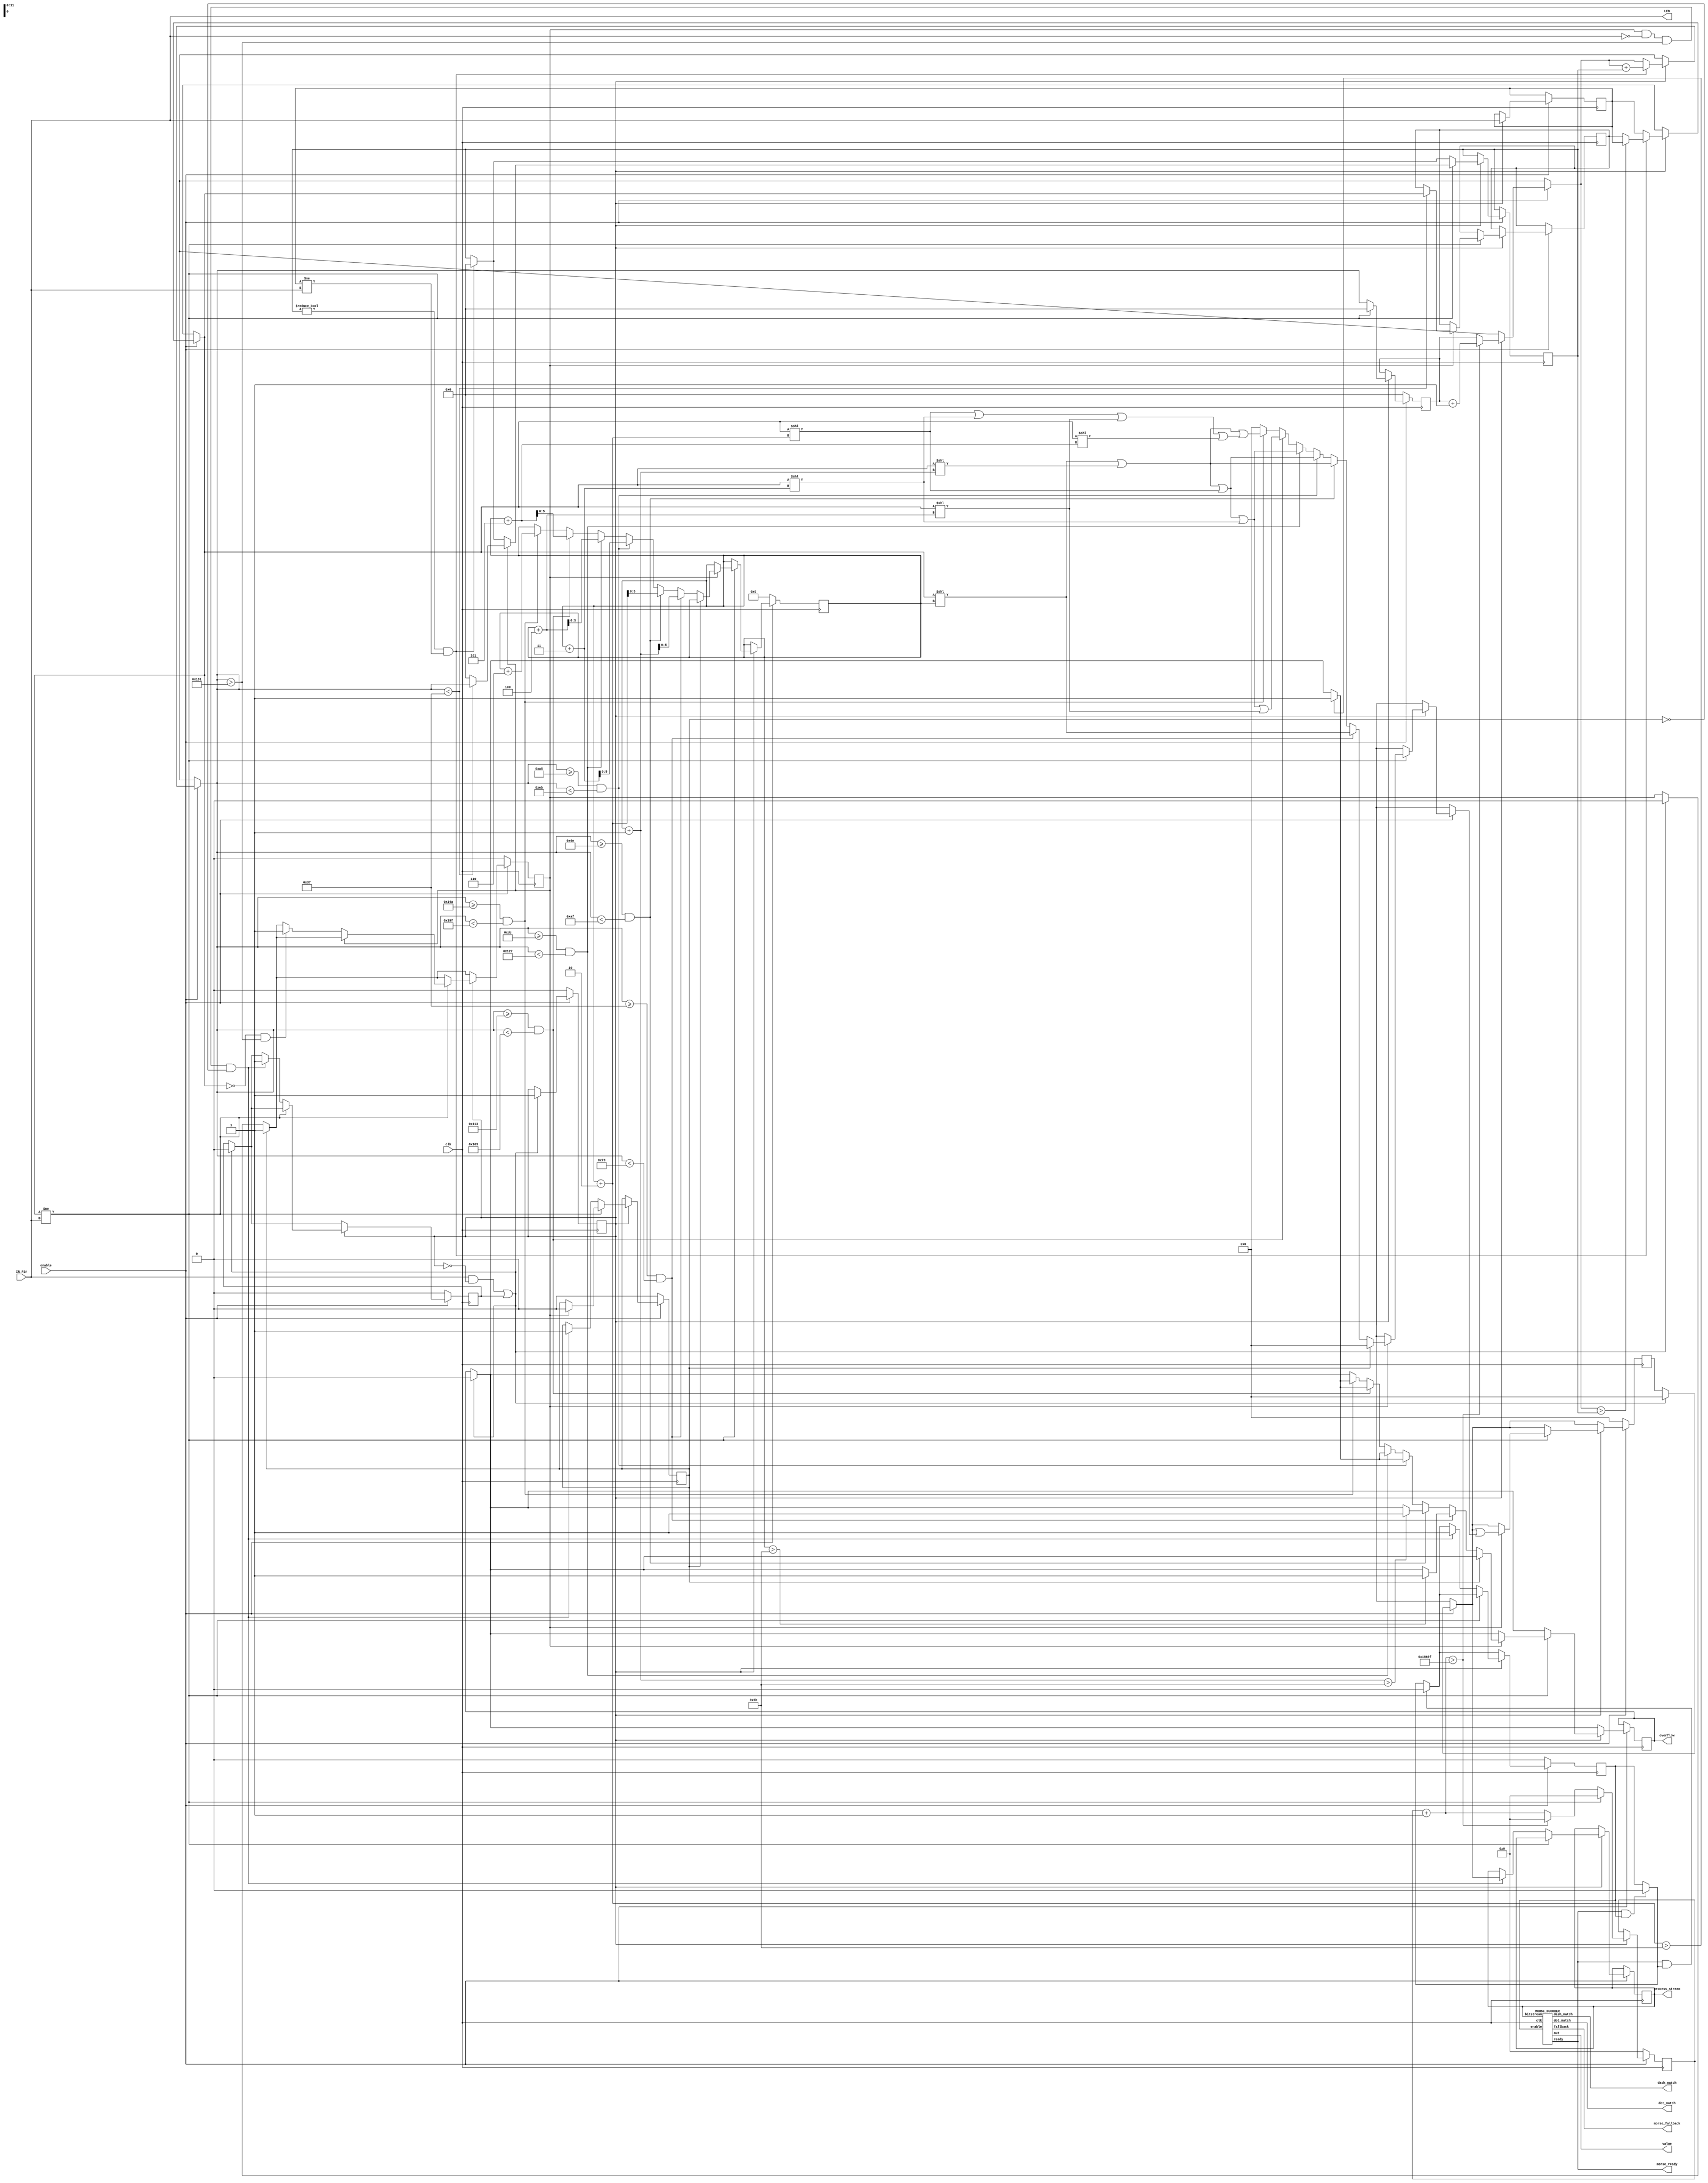
`timescale 1ns / 1ps
//////////////////////////////////////////////////////////////////////////////////
// Company: Boat Crew 5
// 
// Design Name: 
// Module Name: IR_INPUT
// Project Name: Nautilus
// Target Devices: 
// Tool Versions: 
// Description: 
// 
// Dependencies: 
// 
// Revision:
// Revision 0.01 - File Created
// Additional Comments:
//
// **Code is free to use as long as you attribute our GitHub repository for others to find the same resources.**
// 
//////////////////////////////////////////////////////////////////////////////////


/*
KEY CONCEPTS:
1 = DOT
111 = DASH
0 = PERIOD BETWEEN UNITS
000 = END CHARACTER

In this module, data is processed from the IR receiver into a bit stream.  Each bit is measured in time
and entered into a time register such that any random noise can be filtered out
*/

module IR_INPUT
#(parameter CLOCK_TO_MS = 100000)(

input enable,
input clk,
input IR_Pin,
output LED,
output reg[59:0] process_stream,
output reg overflow,
output wire dot_match,
output wire dash_match,
output morse_fallback,
output [3:0] value,
output morse_ready
);
assign LED = IR_Pin;

localparam START_LENGTH = 7; //LENGTH OF START/END CHARACTER IN UNITS

localparam true = 1;
localparam false = 0;
localparam CHAR_MIN_MS = 55;
//dlocalparam UNIT_THRESHOLD = 0.75; //MIN AMOUNT OF TIME A UNIT WAS PROCESSED FOR IT TO BE CONSIDERED ACCURATE
localparam CHAR_MS = 60; //60 MS IS EXPECTED PER CHARACTER

reg start;
reg reset; //auto resets when finished processing, for continuos processing
reg found_start_char; //reg storing bool value of whether start character is found

reg[59:0] bitstream; //stream of data that should only ever be 20 units of data long before end character
reg incoming_bit;
reg[59:0] new_val;
reg[5:0] bit_index;

//255ms max time per bit accounts for a maximum of 4 units (0.06s)*4=240ms observed which accounts for dashes and start/end strings 
reg[19:0] ms_counter; //counter that counts to 1ms
reg[11:0] ms_timer; //timer that counts up to 1024ms maximum

reg[11:0] ms_timer_carry; //used when IR value is too small
reg IR_carry; //used when IR value is too small

//DECODER VALUES
reg decode_en;

MORSE_DECODER decoder (
    .enable(decode_en),
    .clk(clk),
    .bitstream(process_stream),
    .ready(morse_ready),
    .fallback(morse_fallback),
    .dot_match(dot_match),
    .dash_match(dash_match),
    .out(value)
);

initial begin
    bitstream <= 60'b0;
    process_stream <= 60'b0;
    bit_index <= 0;
    start <= false;
    reset <= false;
    decode_en <= 0;
end

reg force_update; //to force update at end of code process for immediate next start

always@(posedge clk) begin

    if(morse_ready && decode_en)
        decode_en = false;

    //disable module and reset registers
    if(!enable) begin
        bitstream = 60'b0;
        bit_index <= 0;
        reset <= false;
        start = false;
        decode_en <= 0;
        ms_counter <= 0;
        ms_timer <= 0;
        found_start_char <= 0;
        force_update <= false;
    end
    //IF ENABLED, PROCESS IR MORSE CODE
    else begin

        //WHEN READY OCCURS, DISABLE MORSE DECODER. THIS MEANS THAT OUTPUT VALUE WILL THEN BE STATIC UNTIL WE WANT TO PASS NEXT VALUE TO DECODE
        if(morse_ready && decode_en)
            decode_en = false;

        //ONLY START PROCESSING ONCE IR IS DETECTED. I.E: DETECTING OFF FOR A LONG TIME IS NOT THE BEGINNING
        //ALSO RESTARTS UPON RESET
        if((IR_Pin == 1 && !start) || reset) begin
            start <= true;
            reset <= false;
            incoming_bit <= IR_Pin;
            bit_index <= 0;
            bitstream = 60'b0;
            found_start_char <= false;
            overflow <= false;
        end
        
        if(force_update)
            found_start_char <= true; //set to true as 
        
        if(start) begin
            //TRACK MS TIME THAT ON BIT HAS BEEN RECEIVED
            ms_counter = ms_counter + 1;
            if(ms_counter > CLOCK_TO_MS-1) begin
                ms_timer = ms_timer + 1; //increment in ms
                ms_counter = 0;
            end

            //case when last bit was too short and needs to be merged with this one
            if(ms_timer_carry != 0 && incoming_bit != IR_Pin) begin

                //bias the incoming bit to larger state out of the current and previous state
                incoming_bit = ms_timer > ms_timer_carry ? incoming_bit : IR_carry;
                ms_timer =  ms_timer + ms_timer_carry; //the times of each value are appended as if ms_timer never reset
                ms_timer_carry = 0;

                //if value of ms_timer is still too low, then the process will repeat!
            end

            //IF IR HAS CHANGED
            if(incoming_bit != IR_Pin) begin
                //if starting character is found, then we write to the bitstream
                if(found_start_char) begin
                    if(force_update) begin
                        force_update = false;
                        new_val = 60'b0;
                    end
                    //was 1 processed?
                    else if(ms_timer >= CHAR_MIN_MS && ms_timer < CHAR_MS + CHAR_MIN_MS) begin
                        //overflow condition
                        if(bit_index > 59) begin
                            overflow <= true;
                        end
                        
                        //new_val is 1 or 0
                        new_val = incoming_bit << bit_index; //shift incoming bit to correct position in 60 bit array
                        bit_index = bit_index + 1;
                    end
                    //or was 11 or 00 processed? (shouldn't be)
                    else if (ms_timer >= CHAR_MIN_MS * 2 && ms_timer < CHAR_MS * 2 + CHAR_MIN_MS) begin
                        //overflow condition
                        if(bit_index + 1 > 59) begin
                            overflow <= true;
                        end
                        
                        //new_val is 11 or 00
                        new_val = (incoming_bit << bit_index) | (incoming_bit << bit_index+1);
                        bit_index = bit_index + 2;
                    end
                    //or was 111 or 000 processed? (dash case)
                    else if(ms_timer >= CHAR_MIN_MS * 3 && ms_timer < CHAR_MS * 3 + CHAR_MIN_MS) begin
                        //overflow condition
                        if(bit_index + 2 > 59) begin
                            overflow <= true;
                        end
                        
                        //new_val is 111 or 000
                        new_val = (incoming_bit << bit_index) | (incoming_bit << bit_index+1) | (incoming_bit << bit_index+2);
                        bit_index = bit_index + 3;
                    end
                    //or was 1111 or 00000 processed? (EDGE CASE)
                    else if(ms_timer >= CHAR_MIN_MS * 4 && ms_timer < CHAR_MS * 4 + CHAR_MIN_MS) begin
                        //overflow condition
                        if(bit_index + 2 > 59) begin
                            overflow <= true;
                        end
                        
                        //new_val is 1111 or 0000
                        new_val = (incoming_bit << bit_index) | (incoming_bit << bit_index+1) | (incoming_bit << bit_index+2) | (incoming_bit << bit_index+3);
                        bit_index = bit_index + 4;
                    end
                    //or was 11111 or 00000 processed? (EDGE CASE)
                    else if(ms_timer >= CHAR_MIN_MS * 5 && ms_timer < CHAR_MS * 5 + CHAR_MIN_MS) begin
                        //overflow condition
                        if(bit_index + 2 > 59) begin
                            overflow <= true;
                        end
                        
                        //new_val is 11111 or 00000
                        new_val = (incoming_bit << bit_index) | (incoming_bit << bit_index+1) | (incoming_bit << bit_index+2) | (incoming_bit << bit_index+3) | (incoming_bit << bit_index+4);
                        bit_index = bit_index + 5;
                    end
                    //or was 111111 or 000000 processed? (EDGE CASE)
                    else if(ms_timer >= CHAR_MIN_MS * 6 && ms_timer < CHAR_MS * 6 + CHAR_MIN_MS) begin
                        //overflow condition
                        if(bit_index + 2 > 59) begin
                            overflow <= true;
                        end
                        
                        //new_val is 111111 or 000000
                        new_val = (incoming_bit << bit_index) | (incoming_bit << bit_index+1) | (incoming_bit << bit_index+2 | (incoming_bit << bit_index+3) | (incoming_bit << bit_index+4) | (incoming_bit << bit_index+5));
                        bit_index = bit_index + 6;
                    end
                    else new_val = 60'b0;

                    //when value is too short, there must have been a spike that needs smoothing
                    //either the next sequence will be larger or smaller than this one
                    if (ms_timer < CHAR_MIN_MS)begin
                        ms_timer_carry = ms_timer;
                        IR_carry = incoming_bit;
                    end
                    else begin
                        ms_timer_carry = 0;
                    end
                    
                    bitstream = bitstream | new_val;
                end
                //program monitors until finding start bit
                else if(incoming_bit == 0 && ms_timer > CHAR_MIN_MS * START_LENGTH) begin
                    found_start_char <= true;
                end        
                ms_counter = 0;
                ms_timer = 0;
            end
            //the case that the end character was found. Pass value to decoder
            else if(found_start_char && IR_Pin == 0 && ms_timer > CHAR_MIN_MS * START_LENGTH && !force_update) begin
                reset <= true;
                process_stream = bitstream;
                decode_en = true; //START DECODER
                force_update = true; //FORCE AN UPDATE OF THE NEXT BITSTREAM TO SEE START CHARACTER IMMEDIATELY
            end
            incoming_bit = IR_Pin;
        end
    end
end

endmodule

/**
* MODULE THAT DECODES A 13b-15b MORSE BITSTREAM TO 1, 2, OR 3.
* IMPLEMENTS ONE OF TWO PROCESSES BASED ON WHETHER INCOMING STREAM PERFECTLY MATCHES ONE OF THE THREE MORSE VALUES
* IF STREAM DOES NOT PERFECTLY MATCH, ATTEMPTS TO INTERPOLATE BASED ON NUMBER OF DOTS AND DASHES EXPECTED
* IF STREAM SIZE IS NOT COMPARABLE TO ANY NUMBER OR IF BIT STREAMS ARE NONSENSE, RETURNS FALSE/E
* 
**/
module MORSE_DECODER (input enable, input clk, input[59:0] bitstream, 
                      output reg ready, output reg fallback, output reg dot_match, output reg dash_match, 
                      output reg [3:0] out);

    localparam true = 1;
    localparam false = 0;
    localparam ONE = 17'b11101110111011101; //10111011101110111; //IN READING ORDER
    localparam TWO = 15'b111011101110101; //101011101110111; //READING ORDER L->R
    localparam THREE = 13'b1110111010101; //1010101110111; //READING ORDER L->R

    localparam ONE_SIZE = 10'd17;
    localparam TWO_SIZE = 10'd15;
    localparam THREE_SIZE = 10'd13;

    reg[7:0] shift_counter;
    reg[4:0] one_counter;
    reg[4:0] dot_counter;
    reg[4:0] dash_counter;

    reg[59:0] temp_stream;

    reg[4:0] compare_dot;
    reg[4:0] compare_dash;
    reg[9:0] compare_separator; //separation value from ones and dashes
    reg[9:0] stream_end_val; //index of the end stream
    
    reg enable_last; //MODULE MUST BE DISABLED THEN RENABLED

    always@(posedge clk) begin
    
        if(!enable)
            ready <= false; //necessary, otherwise upper module will detect that decode module is ready as soon as it is enabled again
    
        //RESET DECODE PROCESS WHEN MODULE HAS BEEN REENABLED AFTER A MANUAL RESET
        if(enable && enable != enable_last) begin
            ready <= false;
            temp_stream = bitstream;
            one_counter <= 5'b0;
            dot_counter <= 5'b0;
            dash_counter <= 5'b0;
            shift_counter <= 8'b0;
            dot_match <= false;
            dash_match <= false;

                            
            //SET NUMBER OF DASHES/DOTS TO COMPARE TO FOR FALLBACK DECODING PROCESS
            //THIS CODE BASICALLY CHECKS THE SIZE OF THE INPUT
            if(bitstream[THREE_SIZE+6:THREE_SIZE] == 7'b0000000) begin
                    compare_dash <= 5'd02;
                    compare_dot <= 5'd03;
                    compare_separator <= 10'd05;
                    stream_end_val <= THREE_SIZE;
            end
            else if(bitstream[TWO_SIZE+6:TWO_SIZE] == 7'b0000000) begin
                    compare_dash <= 5'd03;
                    compare_dot <= 5'd02;
                    compare_separator <= 10'd03;
                    stream_end_val <= TWO_SIZE;
            end
            else if(bitstream[ONE_SIZE+6:ONE_SIZE] == 7'b0000000) begin
                    compare_dash <= 5'd04;
                    compare_dot <= 5'd01;
                    compare_separator <= 10'd01; //EXPECTED INDEX TO SWITCH FROM DOTS TO DASHES
                    stream_end_val <= ONE_SIZE;
            end
            //IF STREAM DOES NOT MATCH LENGTH OF ANY KNOWN NUMBER
            else begin
                    ready = true;
                    out = 4'hE; //4=NOT FOUND
                    fallback = true;
            end
        end
        else if(enable && !ready) begin
            //TO BEGIN, CHECK AGAINST PERFECT CASES
            if (bitstream[ONE_SIZE-1:0] == ONE) begin
                out = 4'd1;
                ready = true;
                fallback = false;
                dot_match = true;
                dash_match = true;
            end
            else if (bitstream[TWO_SIZE-1:0] == TWO) begin
                out = 4'd2;
                ready = true;
                fallback = false;
                dot_match = true;
                dash_match = true;
            end
            else if (bitstream[THREE_SIZE-1:0] == THREE) begin
                out = 4'd3;
                ready = true;
                fallback = false;
                dot_match = true;
                dash_match = true;
            end
            //IF NO PERFECT CASE WAS FOUND, GUESS AGAINST NUMBER OF DASHES/DOTS RECEIVED (FALLBACK DECODING MODE)
            else begin
                fallback = true; //trigger such that upper modules know that fallback was hit
                
                //when compare_separator is reached, add another dot if one_counter is greater than 0.  After this, the code will begin searching for dashes
                if(shift_counter == compare_separator) begin
                    if(temp_stream[0] == 1) begin
                        one_counter = one_counter + 1;
                    end
                
                    if(one_counter != 0) begin
                        dot_counter = dot_counter + 1;
                    end
                    one_counter = 0;
                end
                //BEGIN BY CHECKING FOR A SINGLE ERRONEOUS BIT BASED ON BITSTREAM LENGTH (WILL CHECK IF DASHES ARE CORRECT, THEN DOTS)
                else if(temp_stream[0] == 1) begin
                    one_counter = one_counter + 1;
                end
                //DECIPHER STREAM OF ONES WHEN 0 IS ENCOUNTERED
                else begin
                    //CASE WHEN DASHES APPEAR NORMAL OR BIGGER BETWEEN 3->6 ONES LONG (IF A DASH IS 5 ONES LONG, THEN THE RESULT SHOULD NOT OCCUR BASED ON DASHES)
                    if(one_counter > 2 && one_counter < 7 && shift_counter > compare_separator) begin
                        dash_counter = dash_counter + 1;
                    end
                    //CASE WHEN AN EXTRA 1 WAS READ EX: (11101110111011111)
                    else if((one_counter == 1 || one_counter == 2) && shift_counter < compare_separator) begin
                        dot_counter = dot_counter + 1;
                    end

                    one_counter = 0;
                end

                shift_counter = shift_counter + 1;
                temp_stream = temp_stream >> 1; //shift temp_stream for next bit handling

                //DECODER REACHED END OF STREAM
                if(shift_counter > stream_end_val) begin

                    out = 4'hE; //overriden if counters found a match
                    ready <= true;

                    if(dot_counter == compare_dot) begin
                        out = compare_dot == 5'd01 ? 4'd1 :
                              compare_dot == 5'd02 ? 4'd2 :
                              compare_dot == 5'd03 ? 4'd3 :
                              out;
                        dot_match = out != 4'hE ? true : false;
                    end
                    else
                        dot_match = false;
                    if(dash_counter == compare_dash) begin                 
                        dash_match = true;
                        out = compare_dash == 5'd04 ? 4'd1 :
                              compare_dash == 5'd03 ? 4'd2 :
                              compare_dash == 5'd02 ? 4'd3 :
                              out;
                              
                        dot_match = 5 - dash_match == dot_counter ? true : false; //when dash is found, the dot found must match the pair.
                    end
                    else
                        dash_match = false;
                end
            end
        end
        
        enable_last = enable;
    end

endmodule